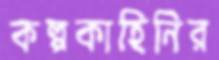
কল্পকাহিনির